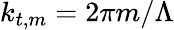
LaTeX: k_{t,m}=2\pi m/\Lambda